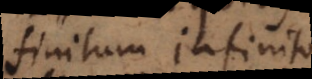
finitum infinito